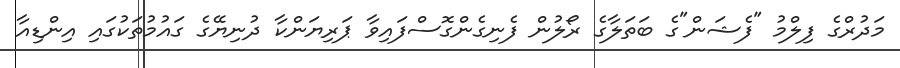
މަދުރްގެ ފިލްމު "ފެޝަން"ގެ ބަތަލާގެ ރޯލުން ފެނިގެންގޮސްފައިވާ ޕަރިޔަންކާ ދުނިޔޭގެ ގައުމުތަކުގައި އިންޑިއާ